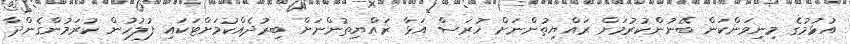
އުޅުމުގެ މިނިވަންކަން ބޭނުންކުރުމަށް ރައްޔިތުންނަށް ހުރަސް އަޅާ ރައްޔިތުންނަށް ބިރުދެއްކުމަށްޓަކައި ފުލުހުން ކުރަމުންގެންދާ